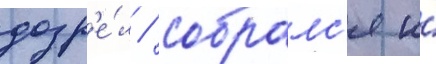
дозр'е́л / собралс'я и́